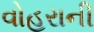
વોહરાની